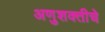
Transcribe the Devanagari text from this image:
अणुशक्तीचे